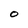
Character: O